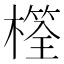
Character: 𣛩